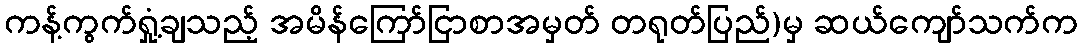
ကန့်ကွက်ရှုံ့ချသည့် အမိန်ကြော်ငြာစာအမှတ် တရုတ်ပြည်)မှ ဆယ်ကျော်သက်က